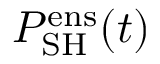
P _ { \mathrm { S H } } ^ { \mathrm { e n s } } ( t )